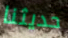
حديثنا